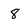
Character: 8